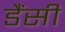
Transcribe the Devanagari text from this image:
डैंसी